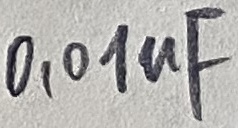
Text: 0,01uF